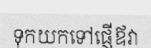
ទុកយកទៅផ្ញើឪវា